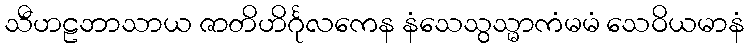
သီဟဠဘာသာယ ဇာတိဟိင်္ဂုလကေန နံသေသွသ္မာကံမမံ သေဝိယမာနံ